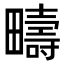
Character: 疇